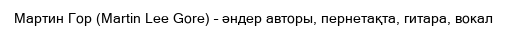
Мартин Гор (Martin Lee Gore) – әндер авторы, пернетақта, гитара, вокал